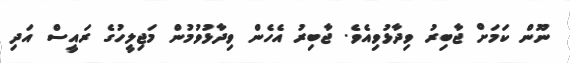
ނޫން ކަމަށް ޖާބިރު ވިދާޅުވިއެވެ. ޖާބިރު އެހެން ވިދާޅުވުމުން މަޖިލީހުގެ ރައީސް އަދި